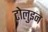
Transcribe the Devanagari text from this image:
टोलुइन